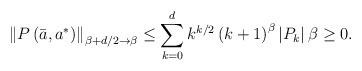
LaTeX: \begin{align*}\left\Vert P\left( \bar{a},a^{\ast}\right) \right\Vert _{\beta+d/2\rightarrow\beta}\leq\sum_{k=0}^{d}k^{k/2}\left( k+1\right) ^{\beta}\left\vert P_{k}\right\vert \beta\geq0. \end{align*}